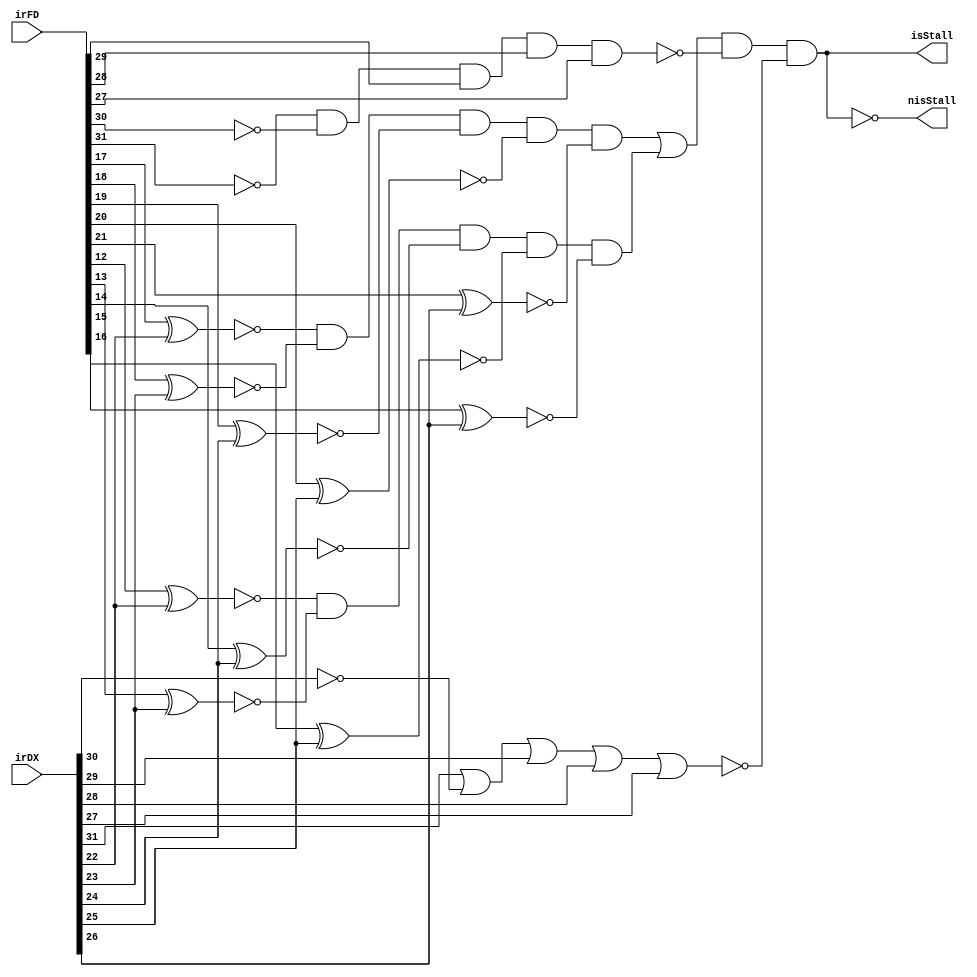
module stall(irFD, irDX, isStall, nisStall);

	/* STALL LOGIC IMPLEMENTED FOR FULL BYPASSING WITHOUT MULTIPLIER */

	input[31:0] irFD, irDX;
	output isStall, nisStall;
	
	wire[4:0] fd1, fd2;
	wire[1:0] regEquality, opCheck, stallLogic;
	wire[2:0] opNots;
	
	// Reg equality check
	genvar c;
	generate
		for(c=0; c<5; c = c + 1) begin: xnorLoop
			xnor	xm1(fd1[c], irFD[c + 17], irDX[c + 22]);
			xnor	xm2(fd2[c], irFD[c + 12], irDX[c + 22]);
		end
	endgenerate
	
	// F/D(RS1) == D/X(RD)
	and	eq0(regEquality[0], fd1[0], fd1[1], fd1[2], fd1[3], fd1[4]);
	// F/D(RS2) == D/X(RD)
	and	eq1(regEquality[1], fd2[0], fd2[1], fd2[2], fd2[3], fd2[4]);
	
	
	/* STALL LOGIC
	* D/X(OP) == Load &&
	* [
	*	(F/D(RS1) == D/X(RD) || F/D(RS2) == D/X(RD)) &&
	*	F/D(OP) != Store
	* ] --> isStall == 1, nisStall == 0
	* Else (flipped)
	*/
	
	// D/X(OP) == Load --> opCheck[0] == 1
	not loadNot(opNots[0], irDX[30]);
	nor	loadNOR(opCheck[0], irDX[31], opNots[0], irDX[29], irDX[28], irDX[27]);
	
	// F/D(OP) != Store --> opCheck[1] == 1
	not swNot1(opNots[1], irFD[30]);
	not swNot2(opNots[2], irFD[31]);
	nand	swAND(opCheck[1], opNots[2], opNots[1], irFD[29], irFD[28], irFD[27]);

	// (F/D(RS1) == D/X(RD) || F/D(RS2) == D/X(RD))
	or	or0(stallLogic[0], regEquality[0], regEquality[1]);

	// (F/D(RS1) == D/X(RD) || F/D(RS2) == D/X(RD)) && F/D(OP) != Store
	and	and0(stallLogic[1], stallLogic[0], opCheck[1]);
	
	// D/X(OP) == Load && [(F/D(RS1) == D/X(RD) || F/D(RS2) == D/X(RD)) && F/D(OP) != Store]
	and	and1(isStall, stallLogic[1], opCheck[0]);
	not	endNot(nisStall, isStall);
	
endmodule